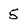
Character: 5